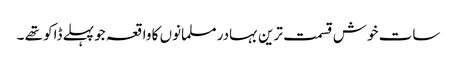
سات خوش قسمت ترین بہادر مسلمانوں کا واقعہ جو پہلے ڈاکو تھے ۔